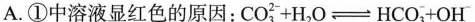
A.①中溶液显红色的原因：$$C O _ { 3 } ^ { 2 } + H _ { 2 } O < = > H C O _ { 3 } ^ { - } + O H ^ { - }$$